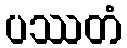
ပဿတံ